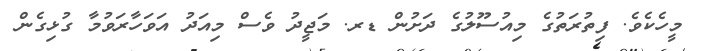
މީހެކެވެ. ފިތުރަތުގެ މިއުސޫލުގެ ދަށުން ޑރ. މަޖީދު ވެސް މިއަދު އަވަހާރަވުމާ ގުޅިގެން